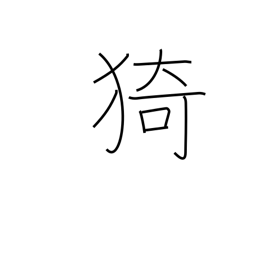
Meaning: luxuriant growth